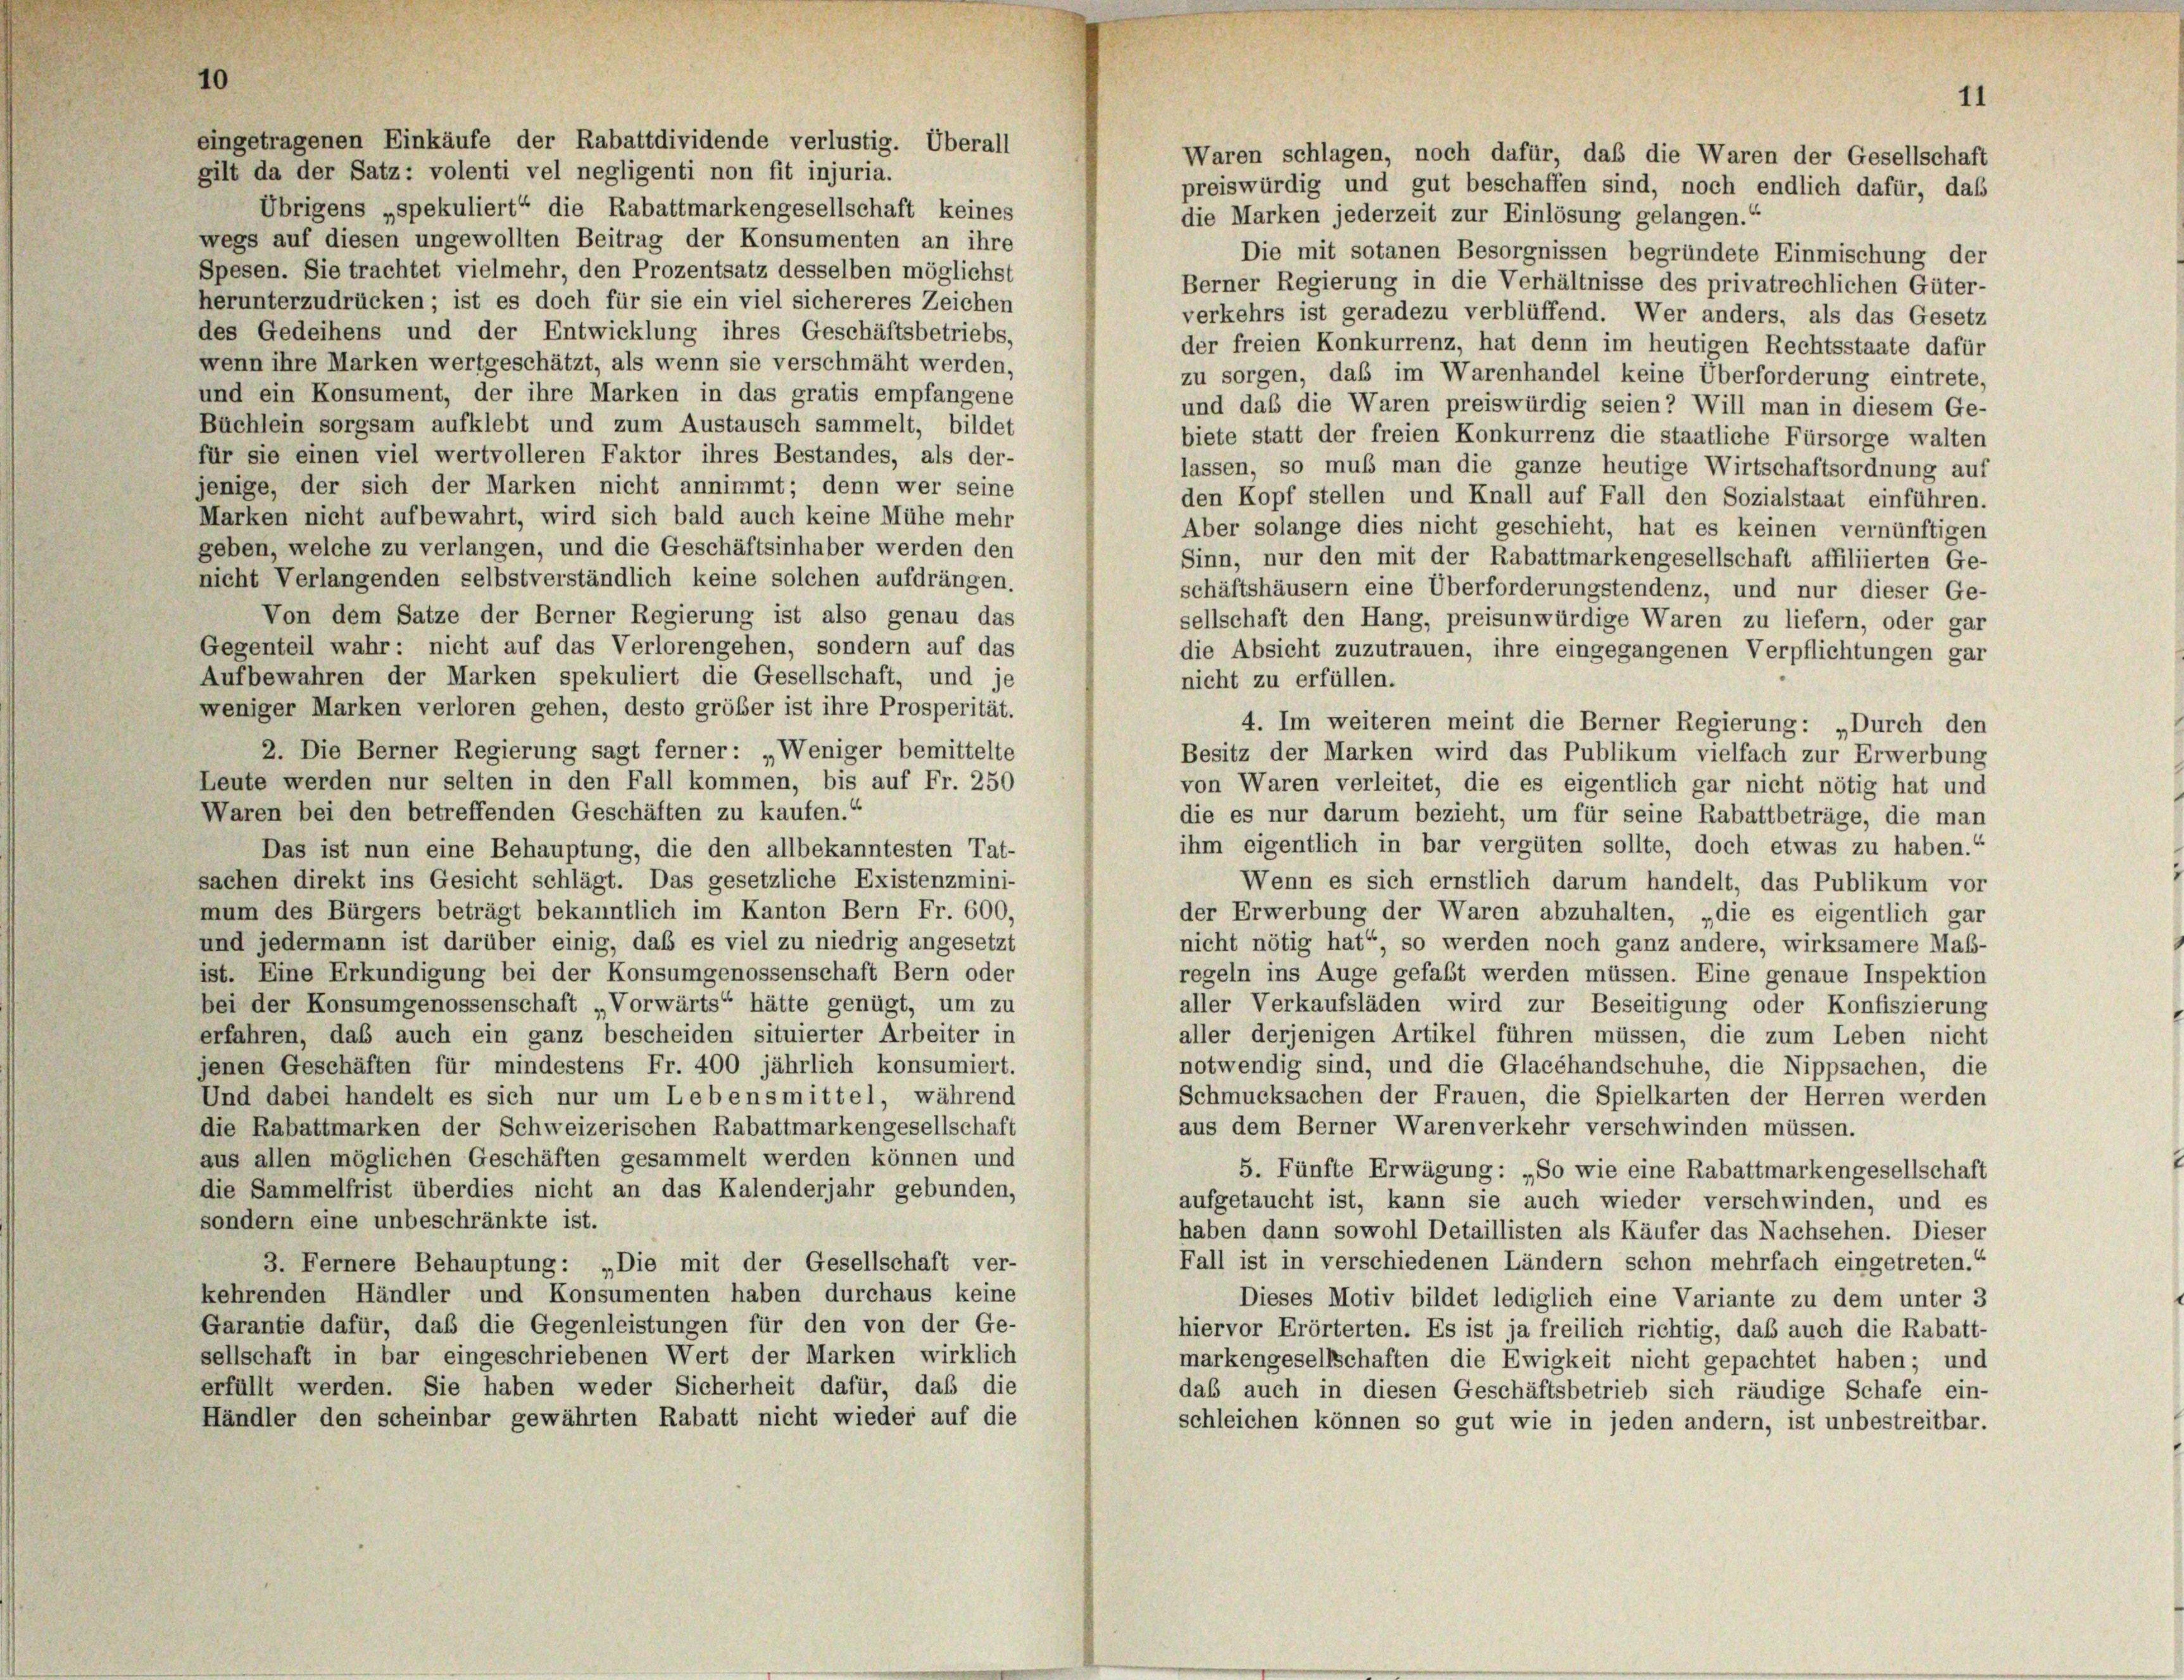
eingetragenen Einkäufe der Rabattdividende verlustig. Überall
gilt da der Satz: volenti vel negligenti non fit injuria.
Übrigens „spekuliert“ die Rabattmarkengesellschaft keines
die Marken jederzeit zur Einlösung gelangen.“
wegs auf diesen ungewollten Beitrag der Konsumenten an ihre
Die mit sotanen Besorgnissen begründete Einmischung der
Spesen. Sie trachtet vielmehr, den Prozentsatz desselben möglichst
Berner Regierung in die Verhältnisse des privatrechlichen Güter-
herunterzudrücken ; ist es doch für sie ein viel sichereres Zeichen
verkehrs ist geradezu verblüffend. Wer anders, als das Gesetz
des Gedeihens und der Entwicklung ihres Geschäftsbetriebs,
der freien Konkurrenz, hat denn im heutigen Rechtsstaate dafür
wenn ihre Marken wertgeschätzt, als wenn sie verschmäht werden,
zu sorgen, daß im Warenhandel keine Überforderung eintrete,
und ein Konsument, der ihre Marken in das gratis empfangene
und das die Waren preiswürdig seien? Will man in diesem Ge-
Büchlein sorgsam aufklebt und zum Austausch sammelt, bildet
biete statt der freien Konkurrenz die staatliche Fürsorge walten
für sie einen viel wertvolleren Faktor ihres Bestandes, als der-
lassen, so muß man die ganze heutige Wirtschaftsordnung auf
jenige, der sich der Marken nicht annimmt; denn wer seine
den Kopf stellen und Knall auf Fall den Sozialstaat einführen.
Marken nicht aufbewahrt, wird sich bald auch keine Mühe mehr
Aber solange dies nicht geschieht, hat es keinen vernünftigen
geben, welche zu verlangen, und die Geschäftsinhaber werden den
Sinn, nur den mit der Rabattmarkengesellschaft affiliierten Ge-
nicht Verlangenden selbstverständlich keine solchen aufdrängen.
schäftshäusern eine Überforderungstendenz, und nur dieser Ge-
Von dem Satze der Berner Regierung ist also genau das
sellschaft den Hang, preisunwürdige Waren zu liefern, oder gar
Gegenteil wahr: nicht auf das Verlorengehen, sondern auf das
die Absicht zuzutrauen, ihre eingegangenen Verpflichtungen gar
Aufbewahren der Marken spekuliert die Gesellschaft, und je
nicht zu erfüllen.
weniger Marken verloren gehen, desto größer ist ihre Prosperität.
4. Im weiteren meint die Berner Regierung: „Durch den
2. Die Berner Regierung sagt ferner: Weniger bemittelte
Besitz der Marken wird das Publikum vielfach zur Erwerbung
Leute werden nur selten in den Fall kommen, bis auf Fr. 250
von Waren verleitet, die es eigentlich gar nicht nötig hat und
Waren bei den betreffenden Geschäften zu kaufen.“
die es nur darum bezieht, um für seine Rabattbeträge, die man
ihm eigentlich in bar vergüten sollte, doch etwas zu haben.“
Das ist nun eine Behauptung, die den allbekanntesten Tat-
sachen direkt ins Gesicht schlägt. Das gesetzliche Existenzmini-
Wenn es sich ernstlich darum handelt, das Publikum vor
mum des Bürgers beträgt bekanntlich im Kanton Bern Fr. 600,
der Erwerbung der Waren abzuhalten, „die es eigentlich gar
und jedermann ist darüber einig, daß es viel zu niedrig angesetzt
nicht nötig hat“, so werden noch ganz andere, wirksamere Maß-
ist. Eine Erkundigung bei der Konsumgenossenschaft Bern oder
regeln ins Auge gefaßt werden müssen. Eine genaue Inspektion
bei der Konsumgenossenschaft „Vorwärts“ hätte genügt, um zu
aller Verkaufsläden wird zur Beseitigung oder Konfiszierung
erfahren, daß auch ein ganz bescheiden situierter Arbeiter in
aller derjenigen Artikel führen müssen, die zum Leben nicht
notwendig sind, und die Glacéhandschuhe, die Nippsachen, die
jenen Geschäften für mindestens Fr. 400 jährlich konsumiert.
Schmucksachen der Frauen, die Spielkarten der Herren werden
Und dabei handelt es sich nur um Lebensmittel, während
aus dem Berner Warenverkehr verschwinden müssen.
die Rabattmarken der Schweizerischen Rabattmarkengesellschaft
aus allen möglichen Geschäften gesammelt werden können und
5. Fünfte Erwägung: „So wie eine Rabattmarkengesellschaft
die Sammelfrist überdies nicht an das Kalenderjahr gebunden,
aufgetaucht ist, kann sie auch wieder verschwinden, und es
sondern eine unbeschränkte ist.
haben dann sowohl Detaillisten als Käufer das Nachsehen. Dieser
Fall ist in verschiedenen Ländern schon mehrfach eingetreten.“
3. Fernere Behauptung: „Die mit der Gesellschaft ver-
kehrenden Händler und Konsumenten haben durchaus keine
Dieses Motiv bildet lediglich eine Variante zu dem unter 3
Garantie dafür, daß die Gegenleistungen für den von der Ge-
hiervor Erörterten. Es ist ja freilich richtig, das auch die Rabatt-
sellschaft in bar eingeschriebenen Wert der Marken wirklich
markengesellschaften die Ewigkeit nicht gepachtet haben; und
erfüllt werden. Sie haben weder Sicherheit dafür, daß die
daß auch in diesen Geschäftsbetrieb sich räudige Schafe ein-
Händler den scheinbar gewährten Rabatt nicht wieder auf die
schleichen können so gut wie in jeden andern, ist unbestreitbar.

Waren schlagen, noch dafür, daß die Waren der Gesellschaft
preiswürdig und gut beschaffen sind, noch endlich dafür, daß